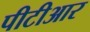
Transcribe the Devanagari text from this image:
पीटीआर